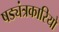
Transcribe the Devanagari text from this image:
षड्यंत्रकारियो